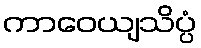
ကာဝေယျသိပ္ပံ